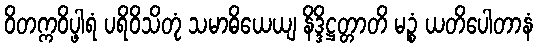
ဝိတက္ကဝိပ္ဖါရံ ပရိဝိသိတုံ သမာဓိယေယျ နိဒ္ဒိဋ္ဌတ္တာတိ မဉ္စံ ယတိပေါတာနံ